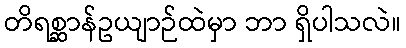
တိရစ္ဆာန်ဥယျာဉ်ထဲမှာ ဘာ ရှိပါသလဲ။